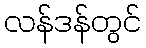
လန်ဒန်တွင်